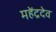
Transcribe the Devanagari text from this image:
महेंद्रदेव